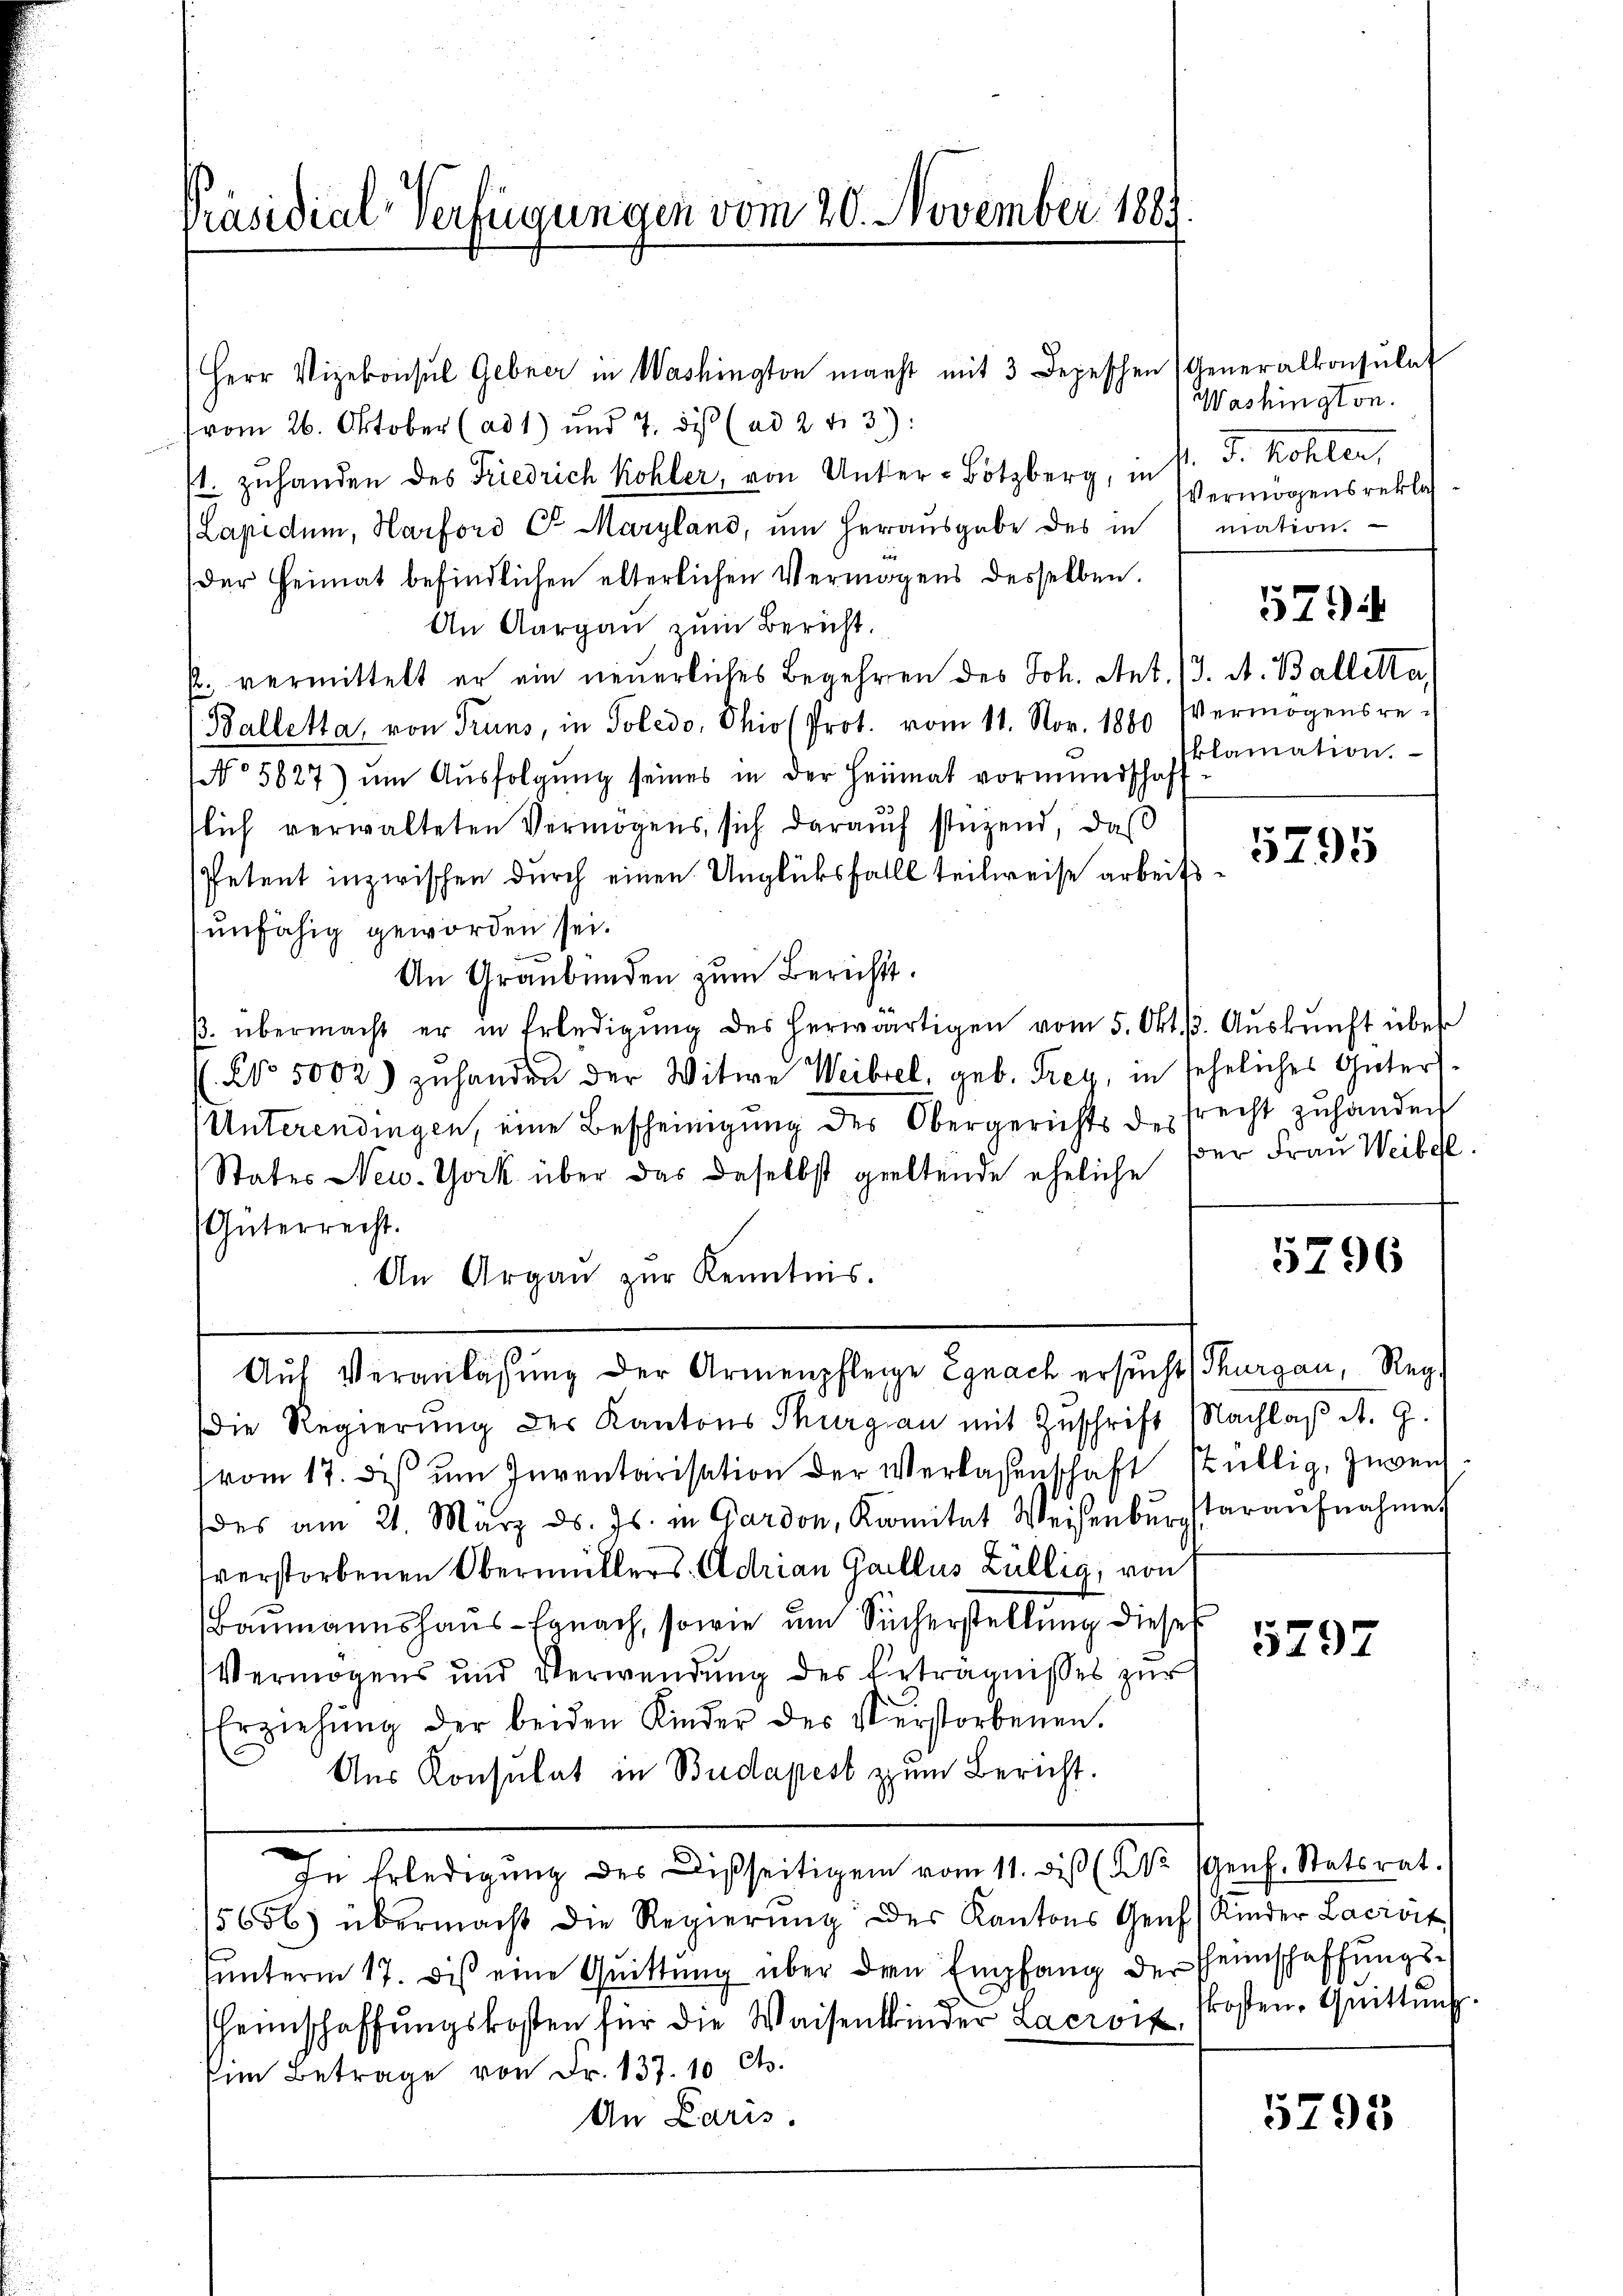
Präsidial-Verfügungen vom 20. November 1881

Herr Vizekonsul Gebner in Washington macht mit 3 Depeschen Generalkonsulat
vom 26. Oktober (ad 1) und 7. dis (ad 2 f. 3)
/1. zuhanden des Friedrich Kohler, von Unter-Botzberg, in
(Lapidum, Harford Dr. Maryland, um herausgabe des in
der Heimat befindlichen elterlichen Vermögens desselben.
An Aargau zum Bericht.
p. vermittelt er ein neuerliches Begehren des Joh. Ant. (3. A. Balletta
(Balletta, von Truns, in Poledo, Ohio (Prot. vom 11. Nov. 1880 Vermögensre¬
No 5627) ŭm Aŭsfolgŭng seines in der Heimat vormierschaft
slich verwalteten Vermögens sich daraŭch stüzend, daß
Petent inzwischen durch einen Unglücksfalls teilweise arbeitsunfähig geworden sei.
An Graubünden zum Bericht.
β. übermacht er in Erledigŭng des herwärtigen vom 5. Okt. 3. Aŭskŭnft über
No. 5000. zŭ handen der Witwe Weibel, geb. Frey, in sehnliches Gütert¬
Unterendingen, eine Bescheinigung des Obergerichts des Precht zu handen
States New York über das daselbst geeltende eheliche
(Güterrecht.
5796
An Argaŭ zŭr Kenntnis.
Aŭf Veranlassŭng der Armenpflege Egnach ersŭcht Thurgau, Reg
Die Regierŭng des Kantons Thurgau mit Zŭschrift Machlaβ A. G.
vom 17. des um Inventarisation der Verlassenschaft stillig, Zuwend
des am 21. März d. Js. in Gardon, Komitat Weisenbŭrgstaraŭfnahme
verstorbenen Obermitters Adrian Gallus Züllig, von
Baumannshaŭs-Egnach, sowie ŭm Sicherstellŭng diese
5797
Vermögens und Verwendung des Beträgnisses zur
Erziehŭng der beiden Kinder des Verstorbenen.
Aus Konsulat in Budapest zum Bericht.
In Erledigŭng des Disseitigen vom 11. diβ (§ 12 (Genf. Statsrat.
5656 übermacht die Regierŭng der Kantons Genf (Kinder Lacrvik
unterm 17. dis eine Quittung über den Empfang der Heinschaffungsskosten, Quittung.
heimschaffŭngskosten für die Waisenbinder Lacroit
dem Betrage von Fr. 137. 10 Cts.
An Paris
5795

Washington.
. J. Kohler,
Vermögens rekla
mation.
579
klamation.

5795

er Frau Weibel.